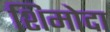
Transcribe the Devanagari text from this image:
शिमोदा